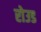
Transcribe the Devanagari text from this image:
रोउड